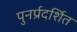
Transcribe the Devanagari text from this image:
पुनर्प्रदर्शित